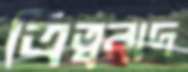
ত্রিত্ববাদ